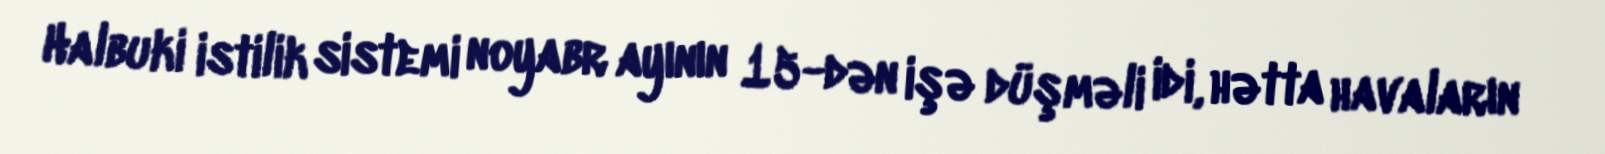
Halbuki istilik sistemi noyabr ayının 15-dən işə düşməli idi, hətta havaların